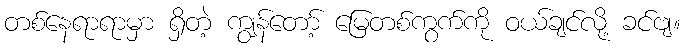
တစ်နေရာရာမှာ ရှိတဲ့ ကျွန်တော့် မြေတစ်ကွက်ကို ဝယ်ချင်လို့ ခင်ဗျ။